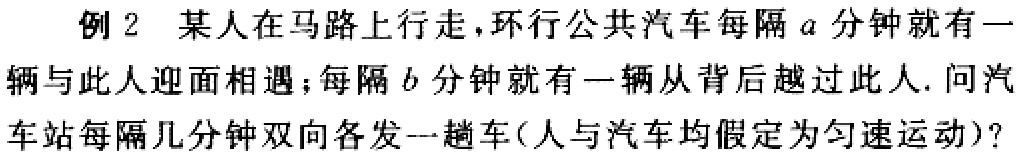
例2 某人在马路上行走，环行公共汽车每隔\(a\)分钟就有一辆与此人迎面相遇；每隔\(b\)分钟就有一辆从背后越过此人. 问汽车站每隔几分钟双向各发一趟车(人与汽车均假定为匀速运动)?